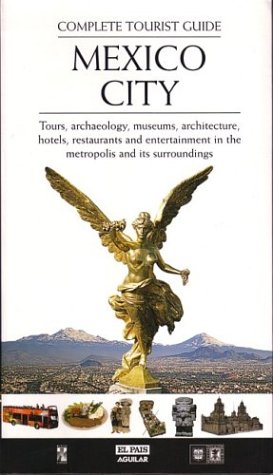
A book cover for Mexico City: Complete Tourist Guide; Fondo Mixto De Promocion Turistica Del Distrito Federal; Travel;